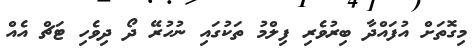
މިގޮތަށް އުފައްދާ ބިރުވެރި ފިލްމު ތަކުގައި ނުހުރޭ ދޯ ދިވެހި ޓަޗް އެއް